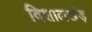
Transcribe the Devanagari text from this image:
विशालखंड़